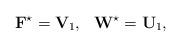
LaTeX: \begin{align*}\mathbf{F}^\star = \mathbf{V}_1,~~\mathbf{W}^\star = \mathbf{U}_1,\end{align*}